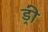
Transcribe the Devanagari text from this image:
ड्री